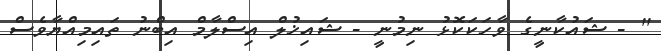
'' - ޝައުކާނީގެ ވާހަކަކޮޅު ނިމުނީ - ޝައިޚުލް އިސްލާމް އިބްނު ތައިމިއްޔާވެސް